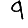
Digit: 9